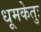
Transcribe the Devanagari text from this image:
धूमकेतुः